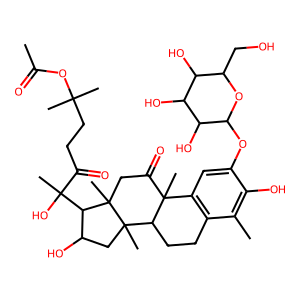
SMILES: CC(=O)OC(C)(C)CCC(=O)C(C)(O)C1C(O)CC2(C)C3CCc4c(cc(OC5OC(CO)C(O)C(O)C5O)c(O)c4C)C3(C)C(=O)CC12C
Inhibits HIV replication: No